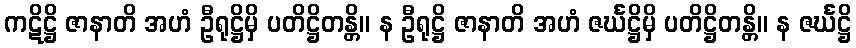
ကဋိဋ္ဌိ ဇာနာတိ အဟံ ဦရုဋ္ဌိမှိ ပတိဋ္ဌိတန္တိ။ န ဦရုဋ္ဌိ ဇာနာတိ အဟံ ဇင်္ဃဋ္ဌိမှိ ပတိဋ္ဌိတန္တိ။ န ဇင်္ဃဋ္ဌိ